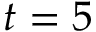
t = 5